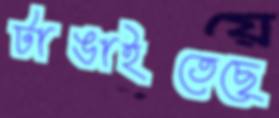
টাঙাইতেছে